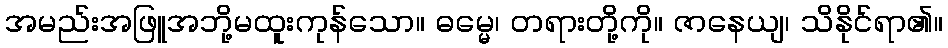
အမည်းအဖြူအဘို့မထူးကုန်သော။ ဓမ္မေ၊ တရားတို့ကို။ ဇာနေယျ၊ သိနိုင်ရာ၏။